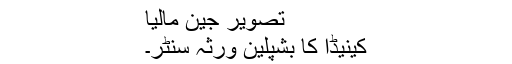
تصویر جین مالیا
کینیڈا کا بشپلین ورثہ سنٹر۔